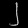
Digit: ၂